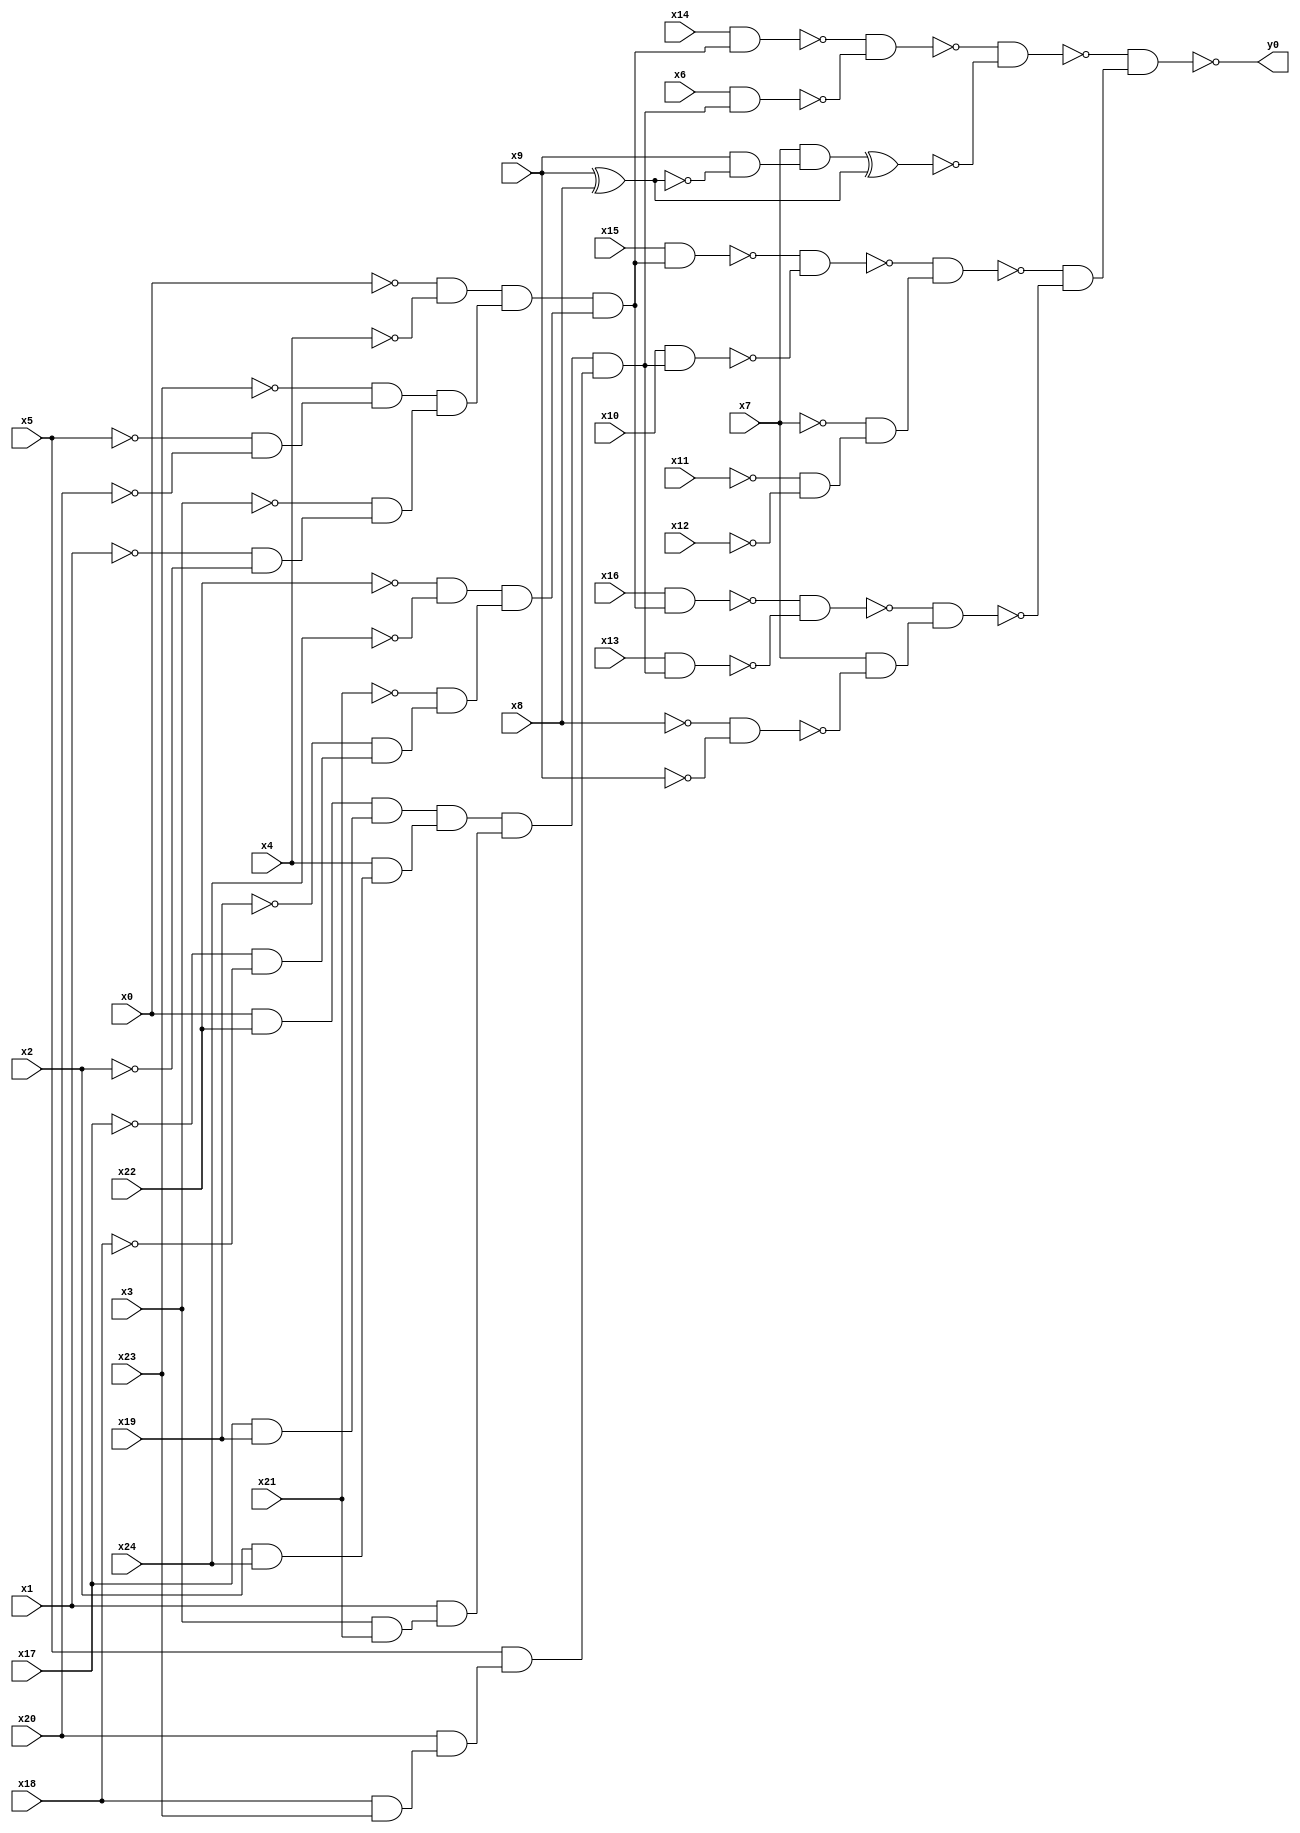
module top( x0 , x1 , x2 , x3 , x4 , x5 , x6 , x7 , x8 , x9 , x10 , x11 , x12 , x13 , x14 , x15 , x16 , x17 , x18 , x19 , x20 , x21 , x22 , x23 , x24 , y0 );
  input x0 , x1 , x2 , x3 , x4 , x5 , x6 , x7 , x8 , x9 , x10 , x11 , x12 , x13 , x14 , x15 , x16 , x17 , x18 , x19 , x20 , x21 , x22 , x23 , x24 ;
  output y0 ;
  wire n26 , n27 , n28 , n29 , n30 , n31 , n32 , n33 , n34 , n35 , n36 , n37 , n38 , n39 , n40 , n41 , n42 , n43 , n44 , n45 , n46 , n47 , n48 , n49 , n50 , n51 , n52 , n53 , n54 , n55 , n56 , n57 , n58 , n59 , n60 , n61 , n62 , n63 , n64 , n65 , n66 , n67 , n68 , n69 , n70 , n71 , n72 , n73 ;
  assign n26 = ~x0 & ~x4 ;
  assign n27 = ~x5 & ~x20 ;
  assign n28 = ~x23 & n27 ;
  assign n29 = ~x1 & ~x2 ;
  assign n30 = ~x3 & n29 ;
  assign n31 = n28 & n30 ;
  assign n32 = n26 & n31 ;
  assign n33 = ~x22 & ~x24 ;
  assign n34 = ~x17 & ~x18 ;
  assign n35 = ~x19 & n34 ;
  assign n36 = ~x21 & n35 ;
  assign n37 = n33 & n36 ;
  assign n38 = n32 & n37 ;
  assign n39 = x14 & n38 ;
  assign n40 = x0 & x22 ;
  assign n41 = x17 & x19 ;
  assign n42 = n40 & n41 ;
  assign n43 = x2 & x24 ;
  assign n44 = x4 & n43 ;
  assign n45 = n42 & n44 ;
  assign n46 = x3 & x21 ;
  assign n47 = x1 & n46 ;
  assign n48 = n45 & n47 ;
  assign n49 = x18 & x23 ;
  assign n50 = x20 & n49 ;
  assign n51 = x5 & n50 ;
  assign n52 = n48 & n51 ;
  assign n53 = x6 & n52 ;
  assign n54 = ~n39 & ~n53 ;
  assign n55 = x9 ^ x8 ;
  assign n56 = x9 & ~n55 ;
  assign n57 = x7 & n56 ;
  assign n58 = n57 ^ n55 ;
  assign n59 = ~n54 & ~n58 ;
  assign n60 = x15 & n38 ;
  assign n61 = x10 & n52 ;
  assign n62 = ~n60 & ~n61 ;
  assign n63 = ~x11 & ~x12 ;
  assign n64 = ~x7 & n63 ;
  assign n65 = ~n62 & n64 ;
  assign n66 = x16 & n38 ;
  assign n67 = x13 & n52 ;
  assign n68 = ~n66 & ~n67 ;
  assign n69 = ~x8 & ~x9 ;
  assign n70 = x7 & ~n69 ;
  assign n71 = ~n68 & n70 ;
  assign n72 = ~n65 & ~n71 ;
  assign n73 = ~n59 & n72 ;
  assign y0 = ~n73 ;
endmodule